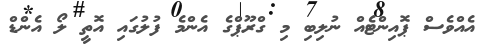
އެއްވެސް ޕޮއިންޓެއް ނުލިބި މި ގްރޫޕްގެ އެންމެ ފުލުގައި އޮތީ ލޯ އެންޑް